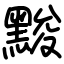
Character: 黢